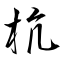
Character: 杭